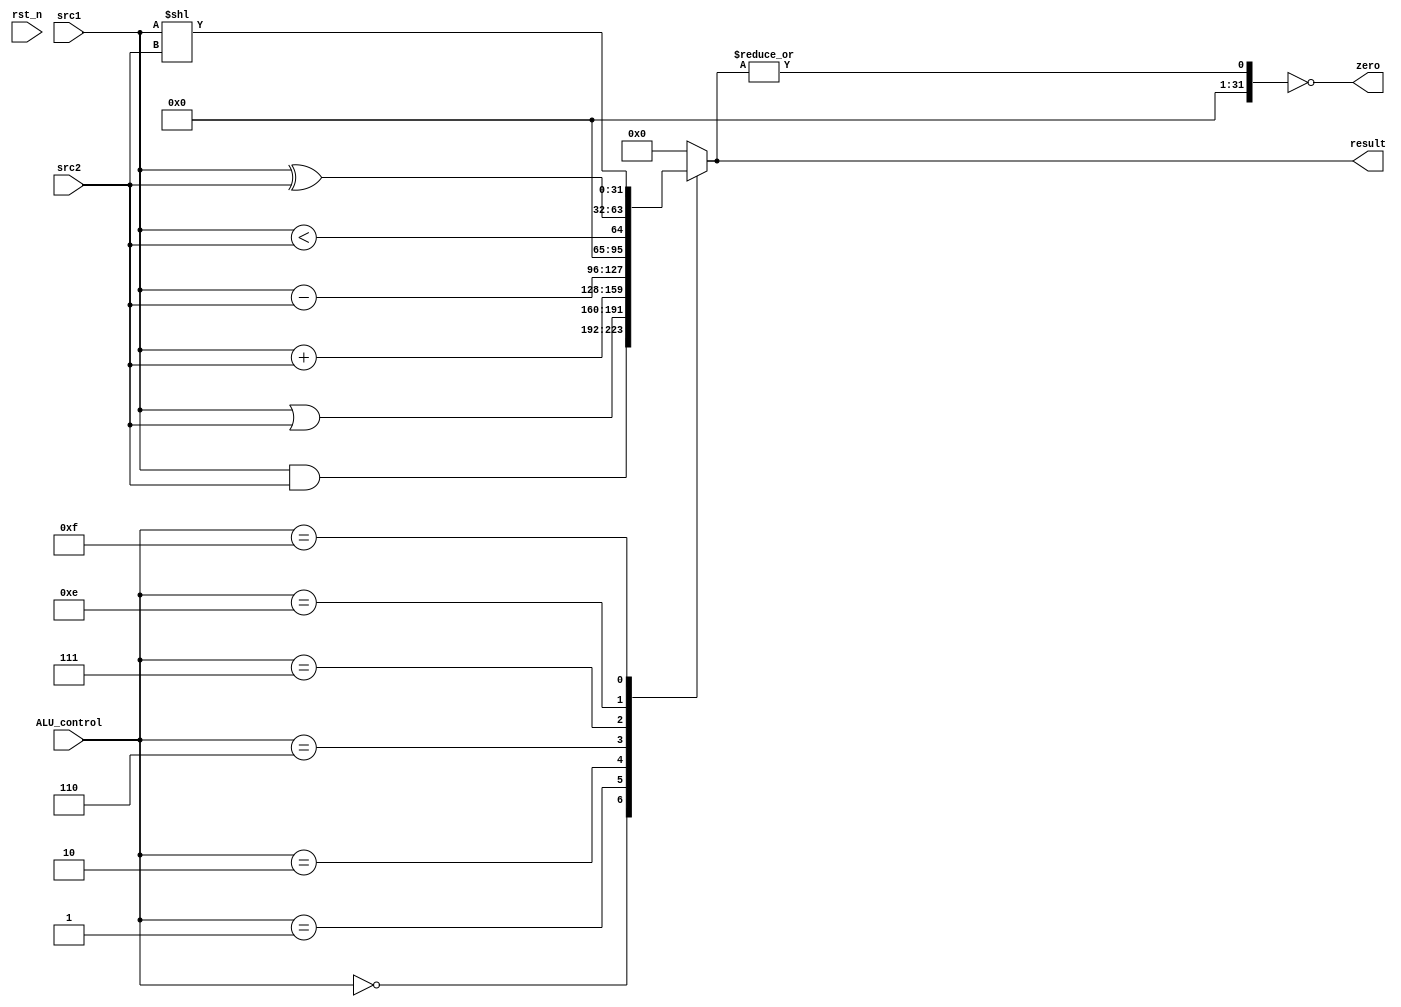
`timescale 1ns/1ps

module alu(
    input                   rst_n,         // negative reset            (input)
    input        [32-1:0]   src1,          // 32 bits source 1          (input)
    input        [32-1:0]   src2,          // 32 bits source 2          (input)
    input        [ 4-1:0]   ALU_control,   // 4 bits ALU control input  (input)
    output reg   [32-1:0]   result,        // 32 bits result            (output)
    output reg              zero           // 1 bit when the output is 0, zero must be set (output)
);

/* Write your code HERE */

always @(*) begin
	case(ALU_control)
		4'b0000: // AND
			result <= src1 & src2;
		4'b0001: // OR
			result <= src1 | src2;
		4'b0010: // add
			result <= src1 + src2;
		4'b0110: //sub
			result <= src1 - src2;
		4'b0111: // slt
			result <= (src1 < src2);
        4'b1110: // xor
            result <= src1 ^ src2;
        4'b1111: // sll
            result <= src1 << src2;
		default:
			result <= 32'b0;
	endcase
    zero <= (|result == 0);
end

endmodule